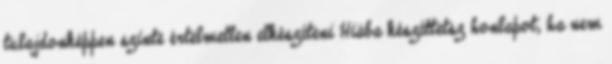
tulajdonképpen szinte értelmetlen elkészíteni Hiába készíttetsz honlapot, ha nem